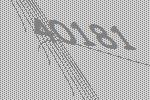
40181